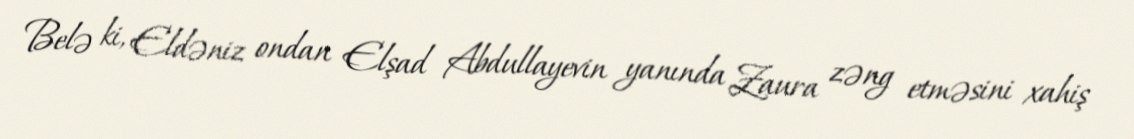
Belə ki, Eldəniz ondan Elşad Abdullayevin yanında Zaura zəng etməsini xahiş